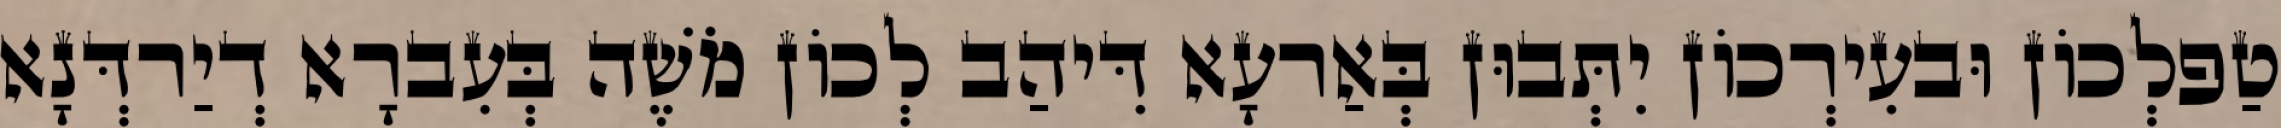
טַפלְכוֹן וּבעִירְכוֹן יִתְּבוּן בְּאַרעָא דִּיהַב לְכוֹן מֹשֶׁה בְּעִברָא דְיַרדְּנָא